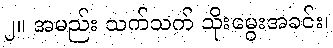
၂။ အမည်း သက်သက် သိုးမွေးအခင်း၊